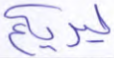
ليريكم